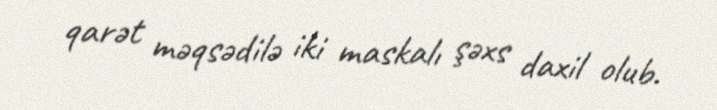
qarət məqsədilə iki maskalı şəxs daxil olub.